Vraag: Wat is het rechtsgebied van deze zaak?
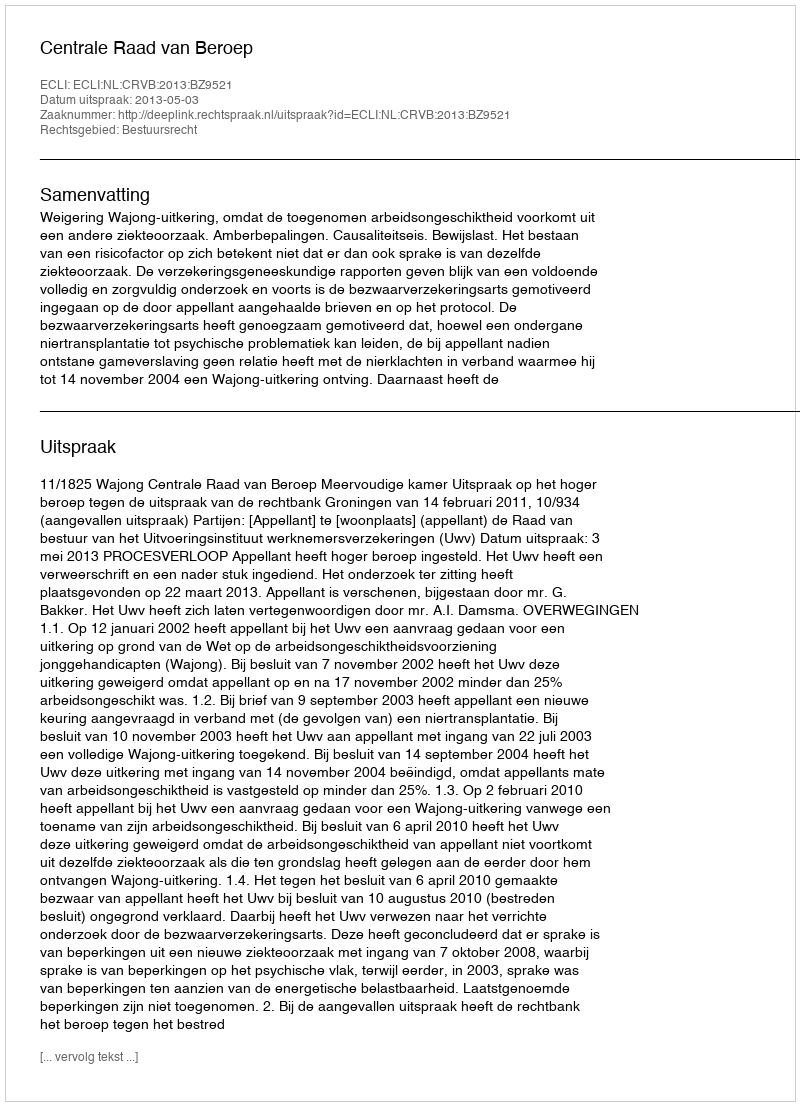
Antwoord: Bestuursrecht